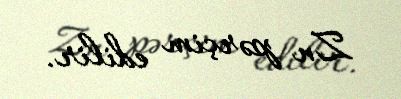
Zn pərçim edilir.